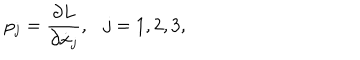
LaTeX: p _ { j } = { \frac { \partial L } { \partial \dot { x } _ { j } } } , \ \ \ j = 1 , 2 , 3 ,